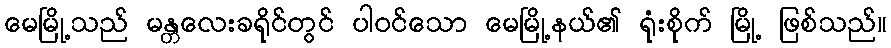
မေမြို့သည် မန္တလေးခရိုင်တွင် ပါဝင်သော မေမြို့နယ်၏ ရုံးစိုက် မြို့ ဖြစ်သည်။